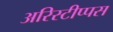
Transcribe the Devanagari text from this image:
अरिस्टीप्पस